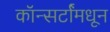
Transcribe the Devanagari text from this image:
कॉन्सर्टांंमधून